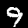
Label: 9